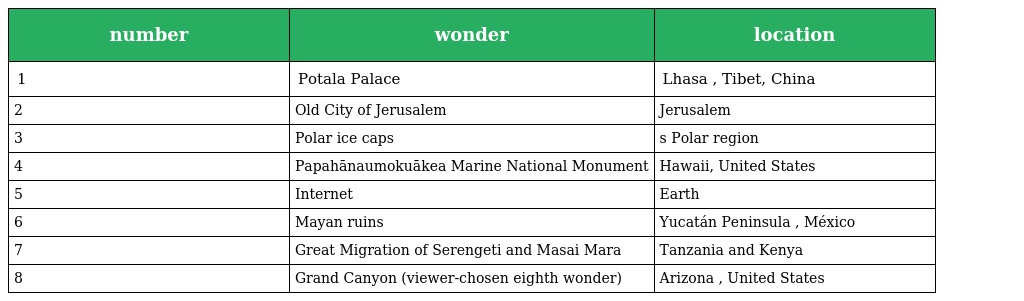
| number | wonder | location |
 | --- | --- | --- |
 | 1 | Potala Palace | Lhasa , Tibet, China |
 | 2 | Old City of Jerusalem | Jerusalem |
 | 3 | Polar ice caps | s Polar region |
 | 4 | Papahānaumokuākea Marine National Monument | Hawaii, United States |
 | 5 | Internet | Earth |
 | 6 | Mayan ruins | Yucatán Peninsula , México |
 | 7 | Great Migration of Serengeti and Masai Mara | Tanzania and Kenya |
 | 8 | Grand Canyon (viewer-chosen eighth wonder) | Arizona , United States |